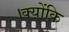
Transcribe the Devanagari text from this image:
।क्योंकि